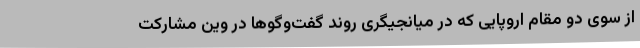
از سوی دو مقام اروپایی که در میانجیگری روند گفت‌وگوها در وین مشارکت